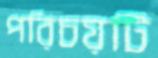
পরিচয়টি